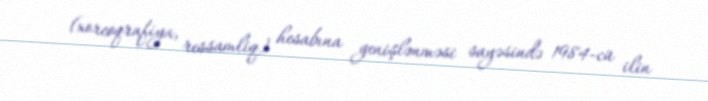
(xoreoqrafiya, ressamliq) hesabına genişlənməsi sayəsində 1984-cü ilin